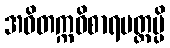
အဝိတက္ကဝိစာရမတ္တမ္ပိ